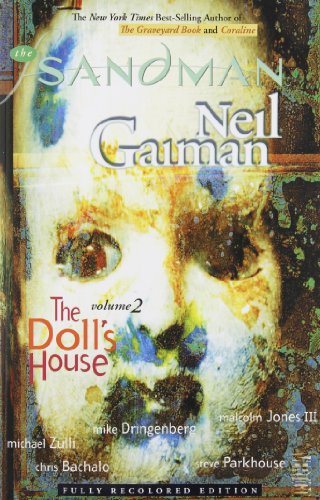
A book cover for The Sandman, Vol. 2: The Doll's House; Neil Gaiman; Comics & Graphic Novels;